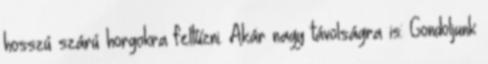
hosszú szárú horgokra feltűzni. Akár nagy távolságra is: Gondoljunk